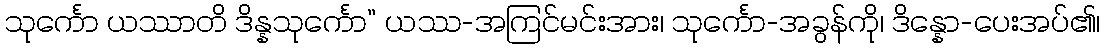
သုင်္ကော ယဿာတိ ဒိန္နသုင်္ကော” ယဿ-အကြင်မင်းအား၊ သုင်္ကော-အခွန်ကို၊ ဒိန္နော-ပေးအပ်၏၊